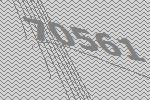
70561